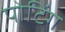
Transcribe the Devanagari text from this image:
पोटिंग